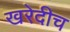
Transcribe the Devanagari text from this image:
खरेदीच